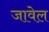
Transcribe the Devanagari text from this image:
जावेल